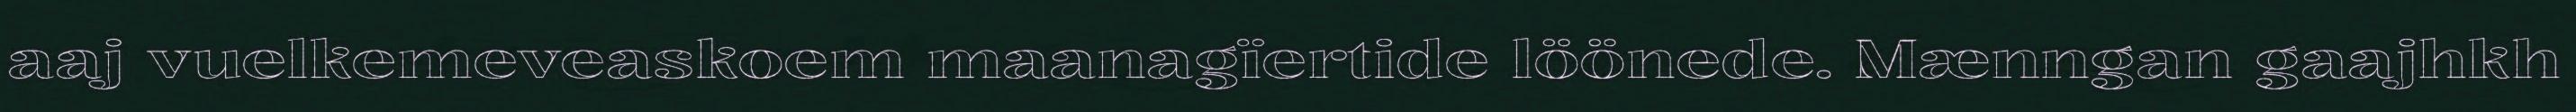
aaj vuelkemeveaskoem maanagïertide löönede. Mænngan gaajhkh